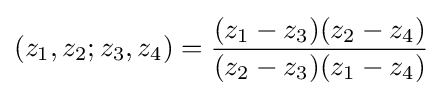
(z_{1},z_{2};z_{3},z_{4})={(z_{1}-z_{3})(z_{2}-z_{4}) \over (z_{2}-z_{3})(z_{1}-z_{4})}